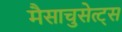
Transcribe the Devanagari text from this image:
मैसाचुसेत्ट्स